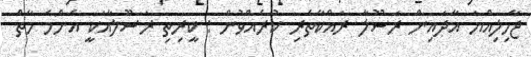
ޖާހިލިއްޔަ އާދައިން ރަސޫލާ ރައްކާތެރި ކުރެއްވުން : ކީރިތި ރަސޫލާއަކީ އެންމެ މާތް